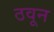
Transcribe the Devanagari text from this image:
ठवून